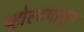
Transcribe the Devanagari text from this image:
व्होल्टपासून